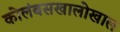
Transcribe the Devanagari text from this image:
कोलंबसखालोखाल